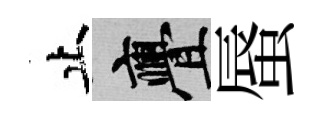
止亹蜃